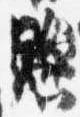
懸